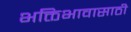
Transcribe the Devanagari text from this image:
भक्तिभावासाठी